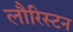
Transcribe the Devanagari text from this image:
लौरिस्टन